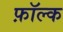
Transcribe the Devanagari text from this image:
फ़ॉल्क